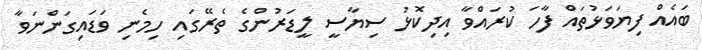
ބައެއް ފިޔަވަޅުތައް ފާހަ ކުރައްވާ އިދިކޮޅު ސިޔާސީ ލީޑަރުންގެ ތެރޭގައި ހިމެނި ވަޑައިގަންނަވާ